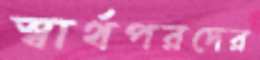
স্বার্থপরদের